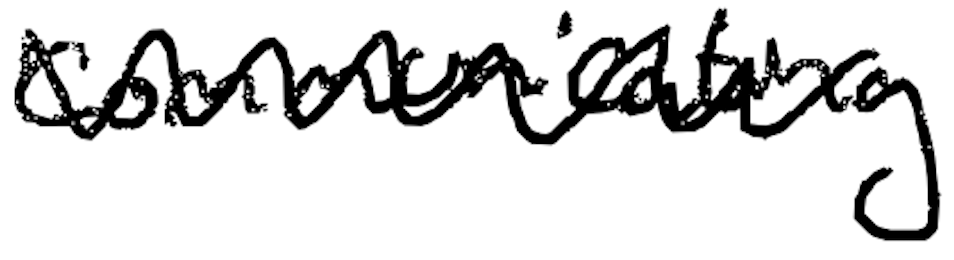
Text: communicating
Cross-out: zig-zag
Writing tool: digital_black